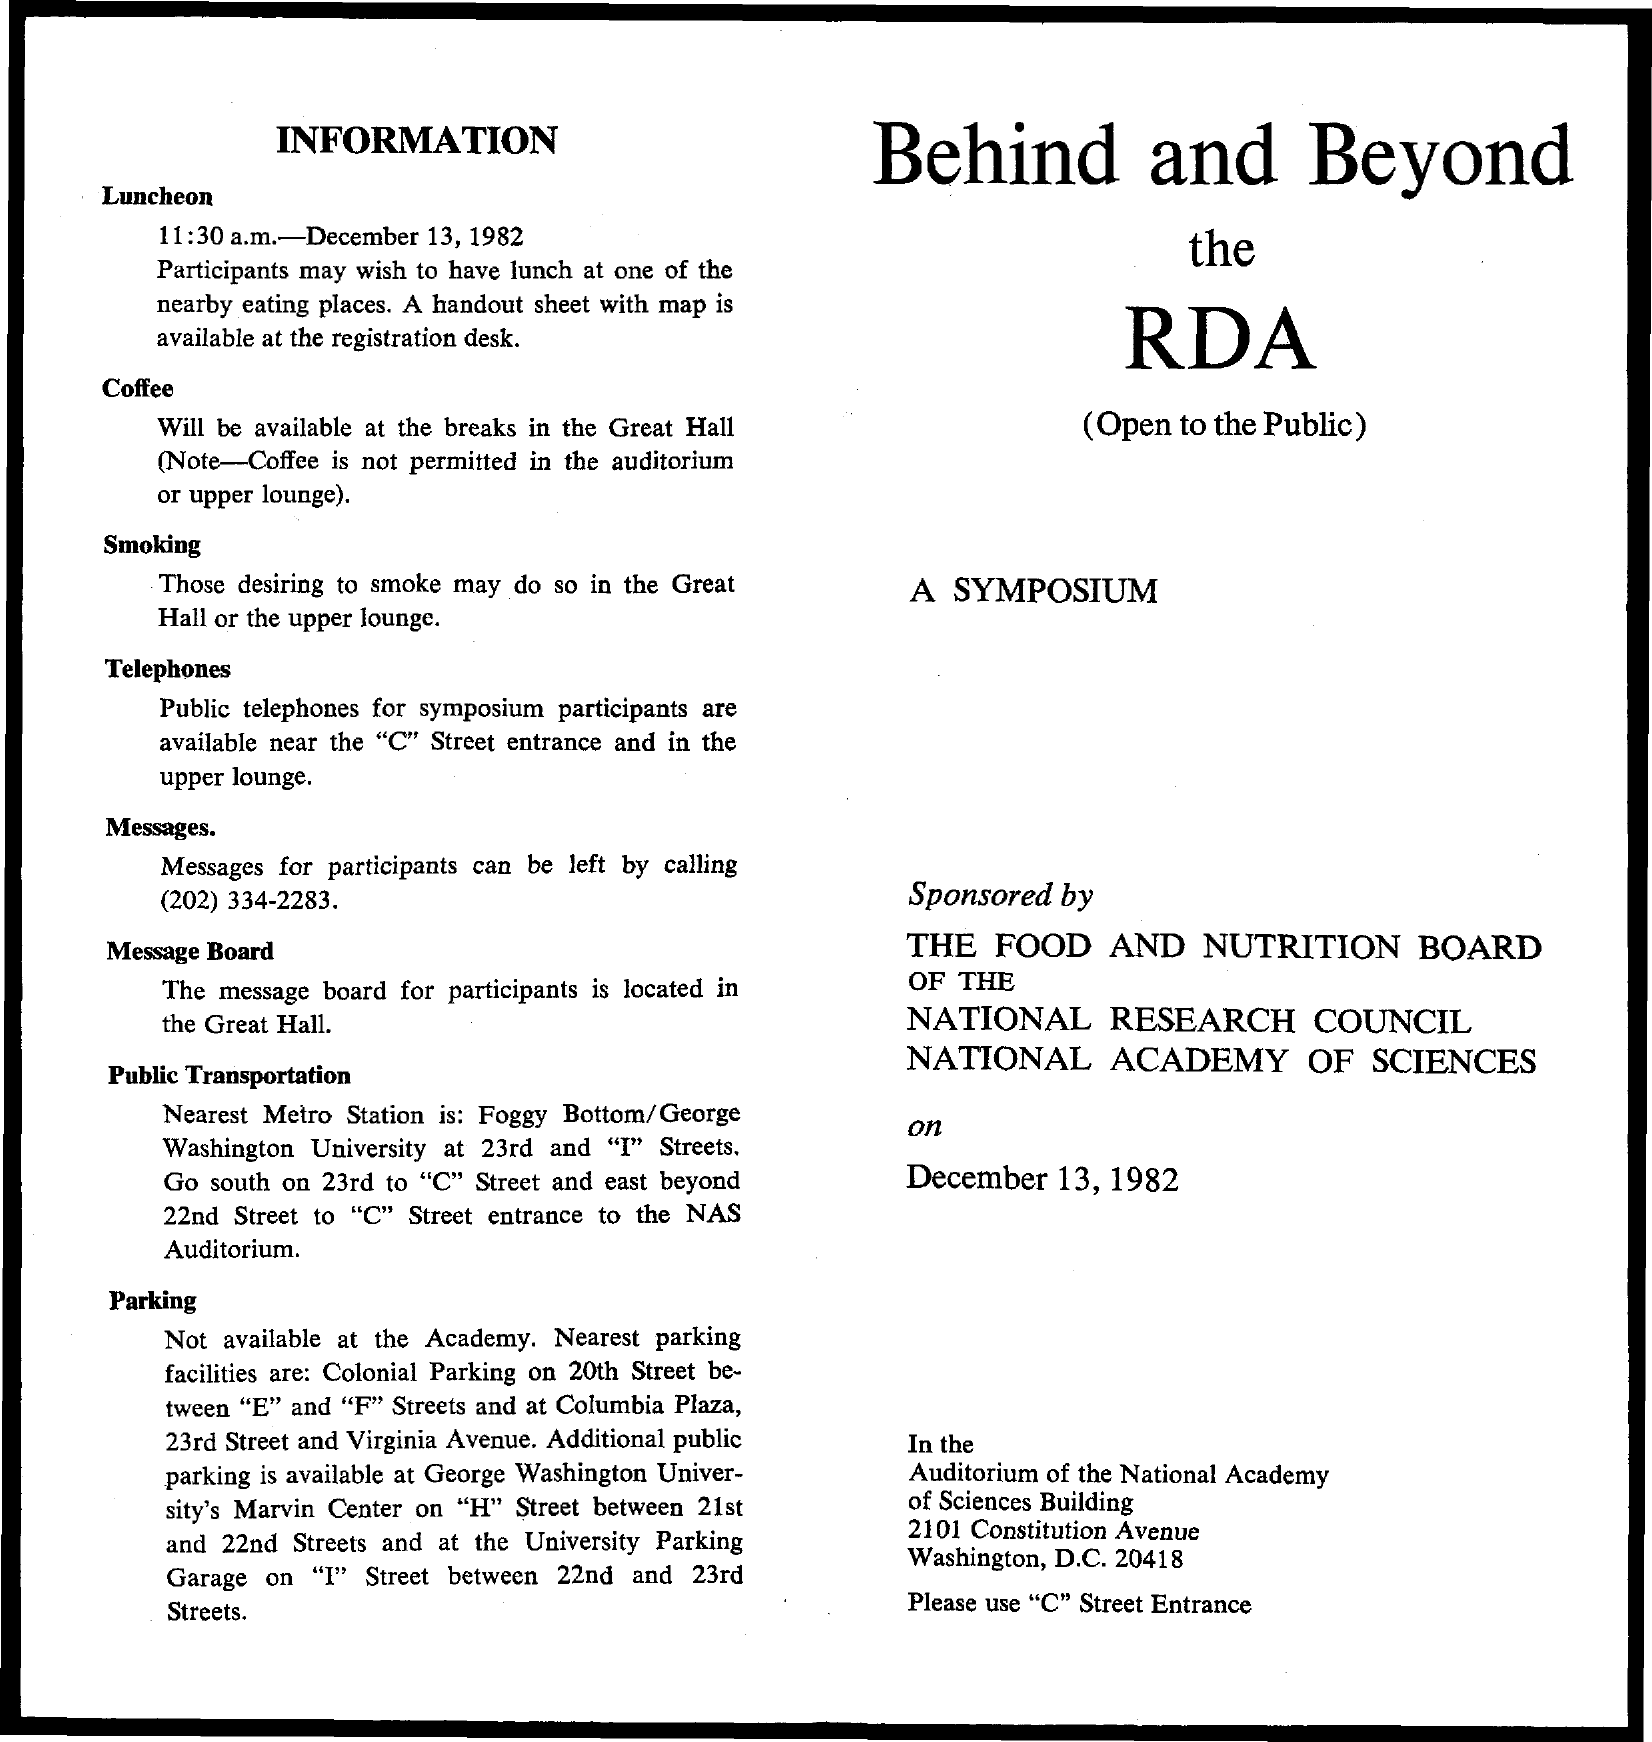
INFORMATION    Behind    and    Beyond
     Luncheon
     11:30 a.m .- December 13, 1982
     Participants may wish to have lunch at one of the
     the
     nearby eating places. A handout sheet with map is
     available at the registration desk.    RDA
     Coffee
     Will be available at the breaks in the Great Hall    (Open to the Public)
     (Note-Coffee is not permitted in the auditorium
     or upper lounge).
     Smoking
     Those desiring to smoke may do so in the Great
     Hall or the upper lounge.
     A  SYMPOSIUM
     Telephones
     Public telephones for symposium participants are
     available near the "C" Street entrance and in the
     upper lounge.
     Messages.
     Messages for participants can be left by calling
     (202) 334-2283.    Sponsored by
     Message Board    THE  FOOD   AND   NUTRITION    BOARD
     The message board for participants is located in OF THE
     the Great Hall.    NATIONAL    RESEARCH    COUNCIL
     Public Transportation
     NATIONAL    ACADEMY    OF  SCIENCES
     Nearest Metro Station is: Foggy Bottom/George
     Washington University at 23rd and "I" Streets.
     on
     Go south on 23rd to "C" Street and east beyond December 13, 1982
     22nd Street to "C" Street entrance to the NAS
     Auditorium.
     Parking
     Not available at the Academy. Nearest parking
     facilities are: Colonial Parking on 20th Street be-
     tween "E" and "F" Streets and at Columbia Plaza,
     23rd Street and Virginia Avenue. Additional public In the
     parking is available at George Washington Univer- Auditorium of the National Academy
     sity's Marvin Center on "H" Street between 21st of Sciences Building
     and 22nd Streets and at the University Parking 2101 Constitution Avenue
     Garage on "I" Street between 22nd and 23rd
     Washington, D.C. 20418
     Streets.    Please use "C" Street Entrance